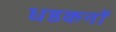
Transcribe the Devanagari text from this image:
धडकनों